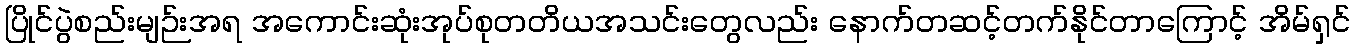
ပြိုင်ပွဲစည်းမျဉ်းအရ အကောင်းဆုံးအုပ်စုတတိယအသင်းတွေလည်း နောက်တဆင့်တက်နိုင်တာကြောင့် အိမ်ရှင်